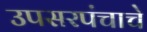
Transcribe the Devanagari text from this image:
उपसरपंचाचे